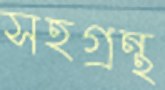
সহগ্রন্থ